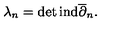
\lambda _ { n } = \det \mathrm { i n d } \overline { \partial } _ { n } .